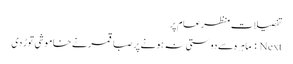
تفصیلات منظرعام پر
Next : ماہرہ سے دوستی نہ ہونے پر صبا قمر نے خاموشی توڑ دی